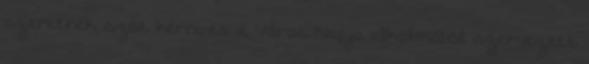
szeretnék szót kérni és a Város Napja alkalmából szervezett